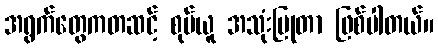
အရွက်တွေကတဆင့် စုပ်ယူ အသုံးပြုတာ ဖြစ်ပါတယ်။